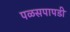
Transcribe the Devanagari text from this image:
पळसपापडी